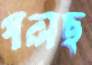
গলছ